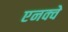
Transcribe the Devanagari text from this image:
एनक्वे